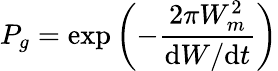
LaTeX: P_{g}=\exp\left(-{\frac{2\pi W_{m}^{2}}{\mathrm{d}W/\mathrm{d}t}}\right)